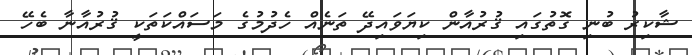
ޝާކިރު ބުނި ގޮތުގައި ޤުރުއާން ކިޔަވައިދޭ ތަނެއް ހެދުމުގެ މަސައްކަތަކީ ޤުރުއާނާ ބެހޭ